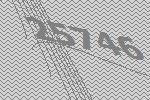
25746